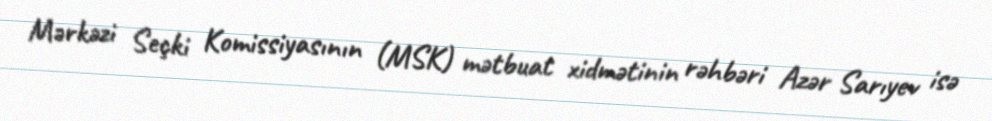
Mərkəzi Seçki Komissiyasının (MSK) mətbuat xidmətinin rəhbəri Azər Sarıyev isə